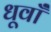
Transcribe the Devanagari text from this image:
धूवाँ